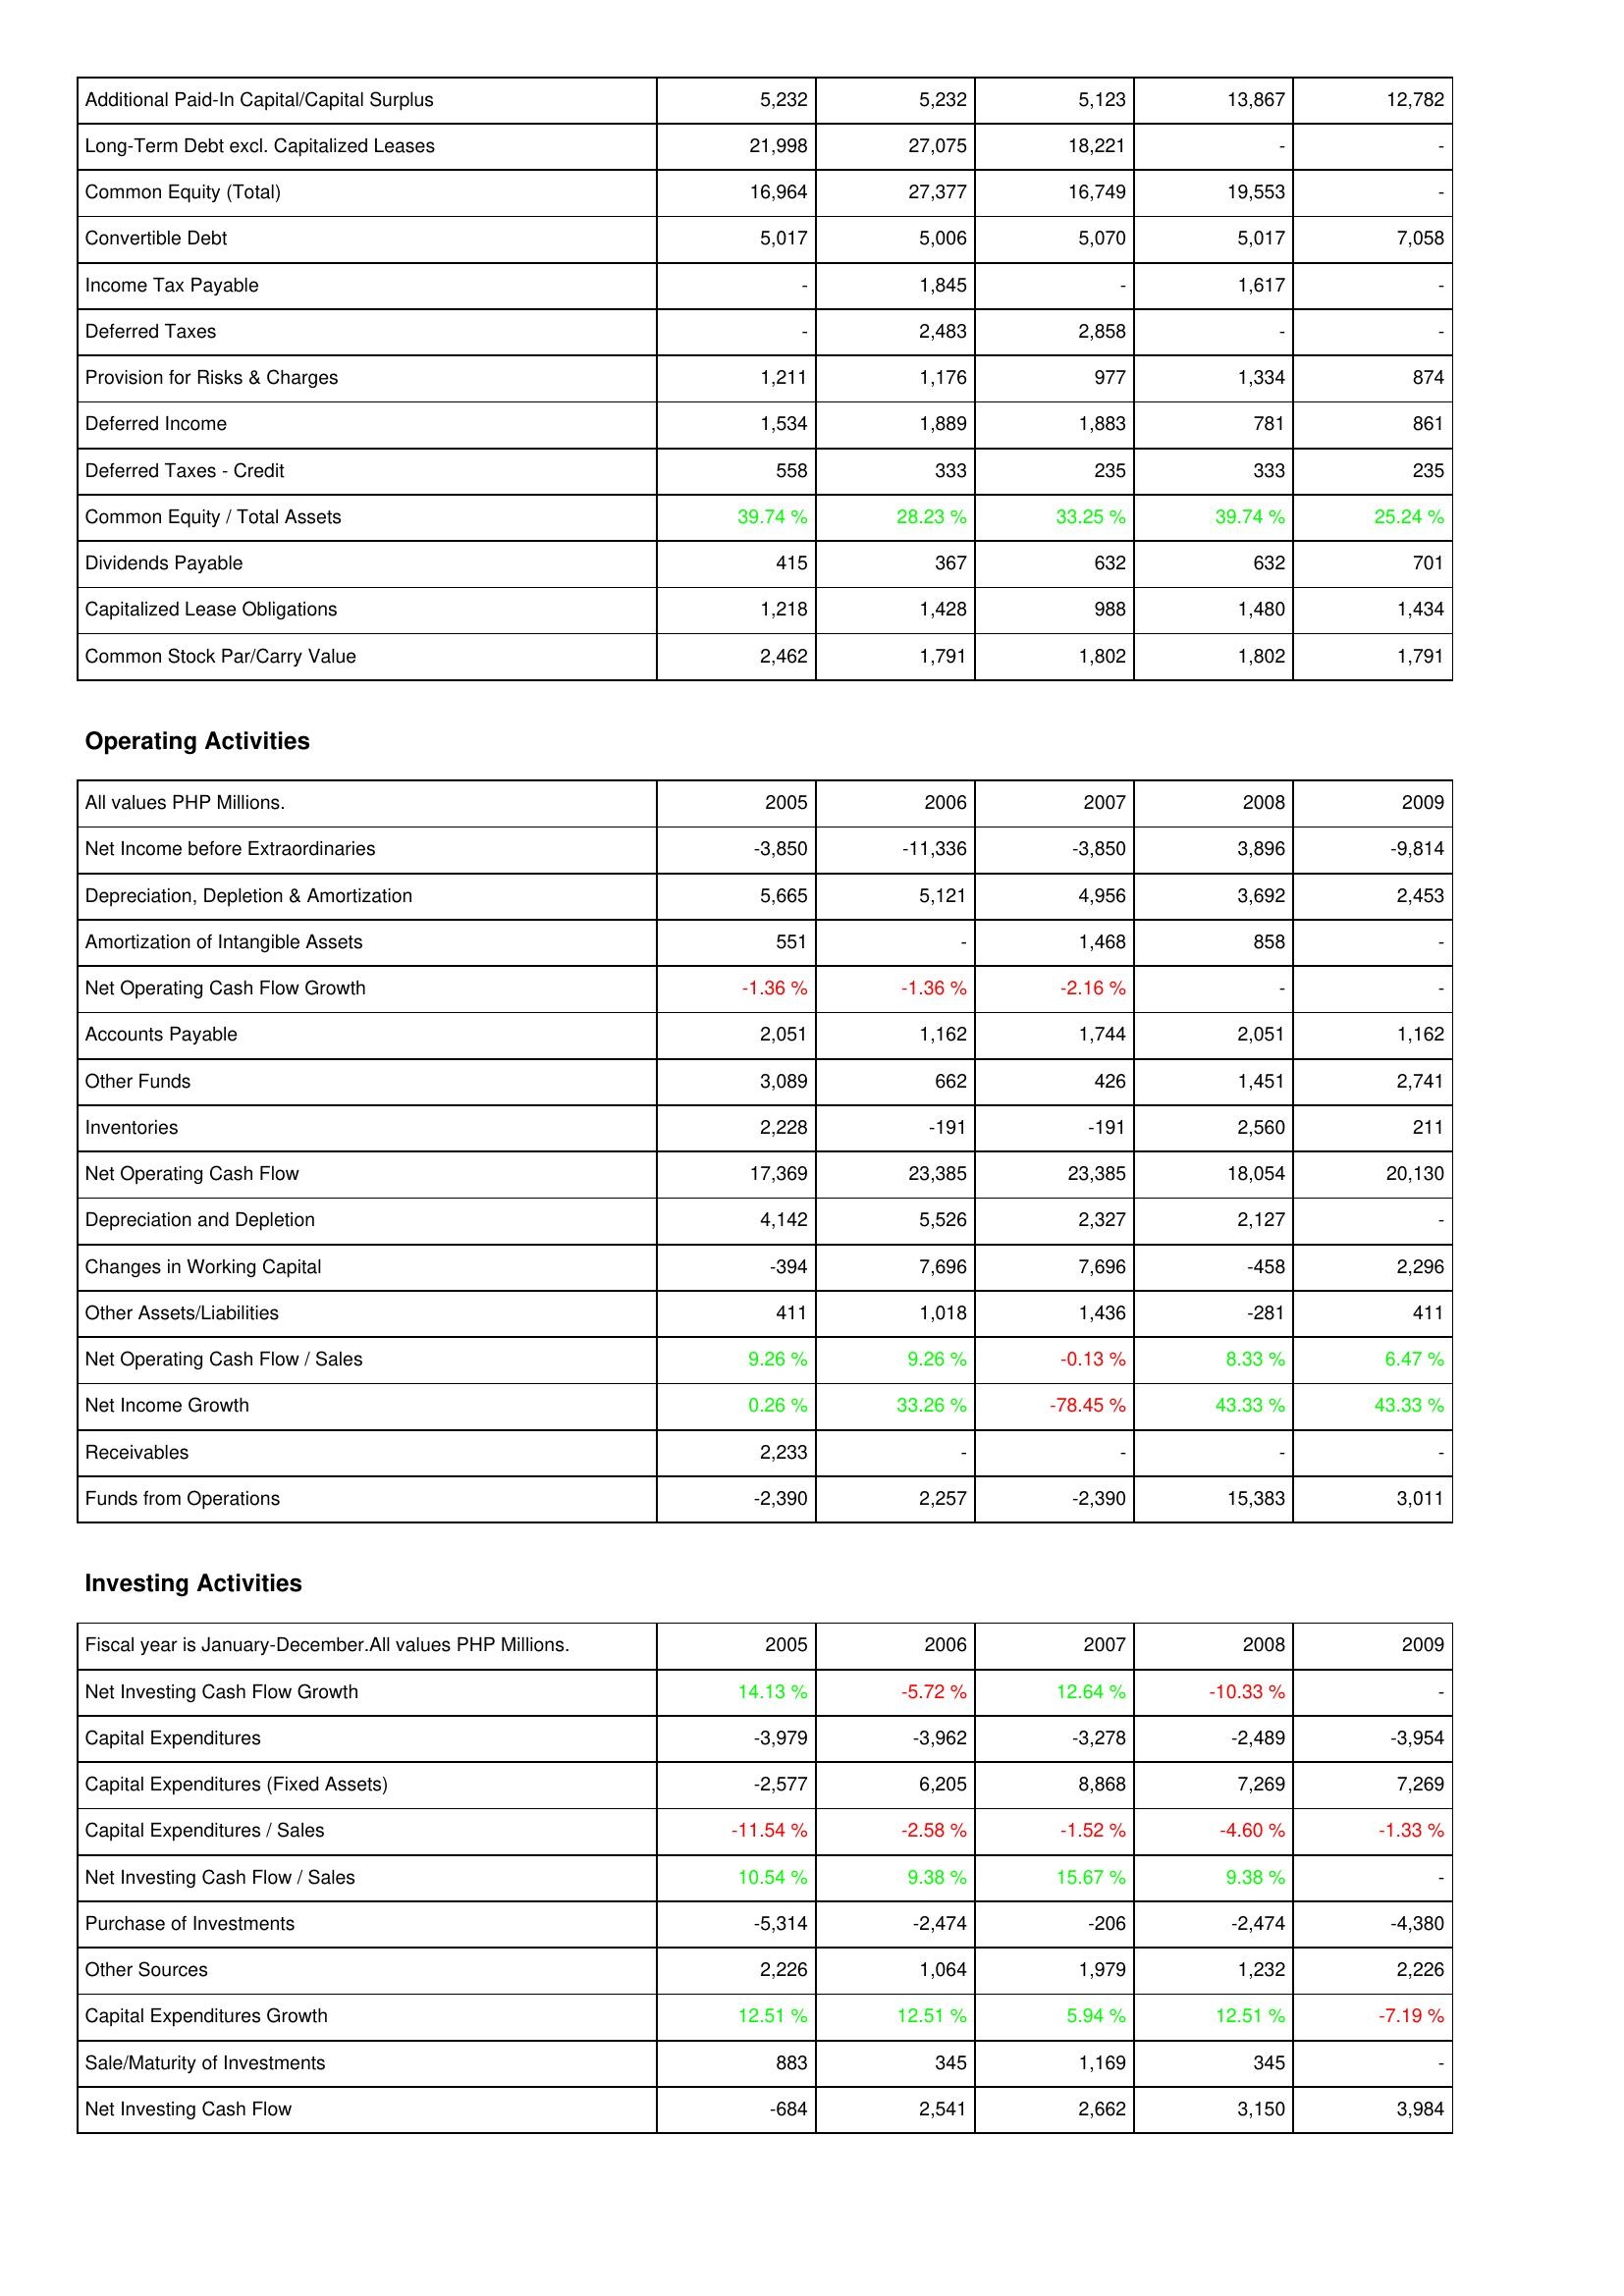
2005: Liabilities & Shareholders' Equity: Additional Paid-In Capital/Capital Surplus: 5,232
Long-Term Debt excl. Capitalized Leases: 21,998
Common Equity (Total): 16,964
Convertible Debt: 5,017
Income Tax Payable: -
Deferred Taxes: -
Provision for Risks & Charges: 1,211
Deferred Income: 1,534
Deferred Taxes - Credit: 558
Common Equity / Total Assets: 39.74 %
Dividends Payable: 415
Capitalized Lease Obligations: 1,218
Common Stock Par/Carry Value: 2,462
Operating Activities: Net Income before Extraordinaries: -3,850
Depreciation, Depletion & Amortization: 5,665
Amortization of Intangible Assets: 551
Net Operating Cash Flow Growth: -1.36 %
Accounts Payable: 2,051
Other Funds: 3,089
Inventories: 2,228
Net Operating Cash Flow: 17,369
Depreciation and Depletion: 4,142
Changes in Working Capital: -394
Other Assets/Liabilities: 411
Net Operating Cash Flow / Sales: 9.26 %
Net Income Growth: 0.26 %
Receivables: 2,233
Funds from Operations: -2,390
Investing Activities: Net Investing Cash Flow Growth: 14.13 %
Capital Expenditures: -3,979
Capital Expenditures (Fixed Assets): -2,577
Capital Expenditures / Sales: -11.54 %
Net Investing Cash Flow / Sales: 10.54 %
Purchase of Investments: -5,314
Other Sources: 2,226
Capital Expenditures Growth: 12.51 %
Sale/Maturity of Investments: 883
Net Investing Cash Flow: -684
2006: Liabilities & Shareholders' Equity: Additional Paid-In Capital/Capital Surplus: 5,232
Long-Term Debt excl. Capitalized Leases: 27,075
Common Equity (Total): 27,377
Convertible Debt: 5,006
Income Tax Payable: 1,845
Deferred Taxes: 2,483
Provision for Risks & Charges: 1,176
Deferred Income: 1,889
Deferred Taxes - Credit: 333
Common Equity / Total Assets: 28.23 %
Dividends Payable: 367
Capitalized Lease Obligations: 1,428
Common Stock Par/Carry Value: 1,791
Operating Activities: Net Income before Extraordinaries: -11,336
Depreciation, Depletion & Amortization: 5,121
Amortization of Intangible Assets: -
Net Operating Cash Flow Growth: -1.36 %
Accounts Payable: 1,162
Other Funds: 662
Inventories: -191
Net Operating Cash Flow: 23,385
Depreciation and Depletion: 5,526
Changes in Working Capital: 7,696
Other Assets/Liabilities: 1,018
Net Operating Cash Flow / Sales: 9.26 %
Net Income Growth: 33.26 %
Receivables: -
Funds from Operations: 2,257
Investing Activities: Net Investing Cash Flow Growth: -5.72 %
Capital Expenditures: -3,962
Capital Expenditures (Fixed Assets): 6,205
Capital Expenditures / Sales: -2.58 %
Net Investing Cash Flow / Sales: 9.38 %
Purchase of Investments: -2,474
Other Sources: 1,064
Capital Expenditures Growth: 12.51 %
Sale/Maturity of Investments: 345
Net Investing Cash Flow: 2,541
2007: Liabilities & Shareholders' Equity: Additional Paid-In Capital/Capital Surplus: 5,123
Long-Term Debt excl. Capitalized Leases: 18,221
Common Equity (Total): 16,749
Convertible Debt: 5,070
Income Tax Payable: -
Deferred Taxes: 2,858
Provision for Risks & Charges: 977
Deferred Income: 1,883
Deferred Taxes - Credit: 235
Common Equity / Total Assets: 33.25 %
Dividends Payable: 632
Capitalized Lease Obligations: 988
Common Stock Par/Carry Value: 1,802
Operating Activities: Net Income before Extraordinaries: -3,850
Depreciation, Depletion & Amortization: 4,956
Amortization of Intangible Assets: 1,468
Net Operating Cash Flow Growth: -2.16 %
Accounts Payable: 1,744
Other Funds: 426
Inventories: -191
Net Operating Cash Flow: 23,385
Depreciation and Depletion: 2,327
Changes in Working Capital: 7,696
Other Assets/Liabilities: 1,436
Net Operating Cash Flow / Sales: -0.13 %
Net Income Growth: -78.45 %
Receivables: -
Funds from Operations: -2,390
Investing Activities: Net Investing Cash Flow Growth: 12.64 %
Capital Expenditures: -3,278
Capital Expenditures (Fixed Assets): 8,868
Capital Expenditures / Sales: -1.52 %
Net Investing Cash Flow / Sales: 15.67 %
Purchase of Investments: -206
Other Sources: 1,979
Capital Expenditures Growth: 5.94 %
Sale/Maturity of Investments: 1,169
Net Investing Cash Flow: 2,662
2008: Liabilities & Shareholders' Equity: Additional Paid-In Capital/Capital Surplus: 13,867
Long-Term Debt excl. Capitalized Leases: -
Common Equity (Total): 19,553
Convertible Debt: 5,017
Income Tax Payable: 1,617
Deferred Taxes: -
Provision for Risks & Charges: 1,334
Deferred Income: 781
Deferred Taxes - Credit: 333
Common Equity / Total Assets: 39.74 %
Dividends Payable: 632
Capitalized Lease Obligations: 1,480
Common Stock Par/Carry Value: 1,802
Operating Activities: Net Income before Extraordinaries: 3,896
Depreciation, Depletion & Amortization: 3,692
Amortization of Intangible Assets: 858
Net Operating Cash Flow Growth: -
Accounts Payable: 2,051
Other Funds: 1,451
Inventories: 2,560
Net Operating Cash Flow: 18,054
Depreciation and Depletion: 2,127
Changes in Working Capital: -458
Other Assets/Liabilities: -281
Net Operating Cash Flow / Sales: 8.33 %
Net Income Growth: 43.33 %
Receivables: -
Funds from Operations: 15,383
Investing Activities: Net Investing Cash Flow Growth: -10.33 %
Capital Expenditures: -2,489
Capital Expenditures (Fixed Assets): 7,269
Capital Expenditures / Sales: -4.60 %
Net Investing Cash Flow / Sales: 9.38 %
Purchase of Investments: -2,474
Other Sources: 1,232
Capital Expenditures Growth: 12.51 %
Sale/Maturity of Investments: 345
Net Investing Cash Flow: 3,150
2009: Liabilities & Shareholders' Equity: Additional Paid-In Capital/Capital Surplus: 12,782
Long-Term Debt excl. Capitalized Leases: -
Common Equity (Total): -
Convertible Debt: 7,058
Income Tax Payable: -
Deferred Taxes: -
Provision for Risks & Charges: 874
Deferred Income: 861
Deferred Taxes - Credit: 235
Common Equity / Total Assets: 25.24 %
Dividends Payable: 701
Capitalized Lease Obligations: 1,434
Common Stock Par/Carry Value: 1,791
Operating Activities: Net Income before Extraordinaries: -9,814
Depreciation, Depletion & Amortization: 2,453
Amortization of Intangible Assets: -
Net Operating Cash Flow Growth: -
Accounts Payable: 1,162
Other Funds: 2,741
Inventories: 211
Net Operating Cash Flow: 20,130
Depreciation and Depletion: -
Changes in Working Capital: 2,296
Other Assets/Liabilities: 411
Net Operating Cash Flow / Sales: 6.47 %
Net Income Growth: 43.33 %
Receivables: -
Funds from Operations: 3,011
Investing Activities: Net Investing Cash Flow Growth: -
Capital Expenditures: -3,954
Capital Expenditures (Fixed Assets): 7,269
Capital Expenditures / Sales: -1.33 %
Net Investing Cash Flow / Sales: -
Purchase of Investments: -4,380
Other Sources: 2,226
Capital Expenditures Growth: -7.19 %
Sale/Maturity of Investments: -
Net Investing Cash Flow: 3,984